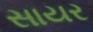
સાયર